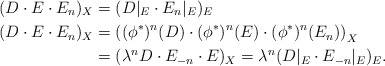
\begin{align*}(D \cdot E \cdot E_n)_X &= (D\vert_E \cdot E_n \vert_E)_E \\ (D \cdot E \cdot E_n)_X &= \left( (\phi^\ast)^n(D) \cdot (\phi^\ast)^n(E) \cdot (\phi^\ast)^n(E_n)\right)_X \\ &= (\lambda^n D \cdot E_{-n} \cdot E)_X = \lambda^n(D \vert_E \cdot E_{-n}\vert_E)_E.\end{align*}